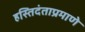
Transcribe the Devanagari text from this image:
हस्तिदंताप्रमाणे